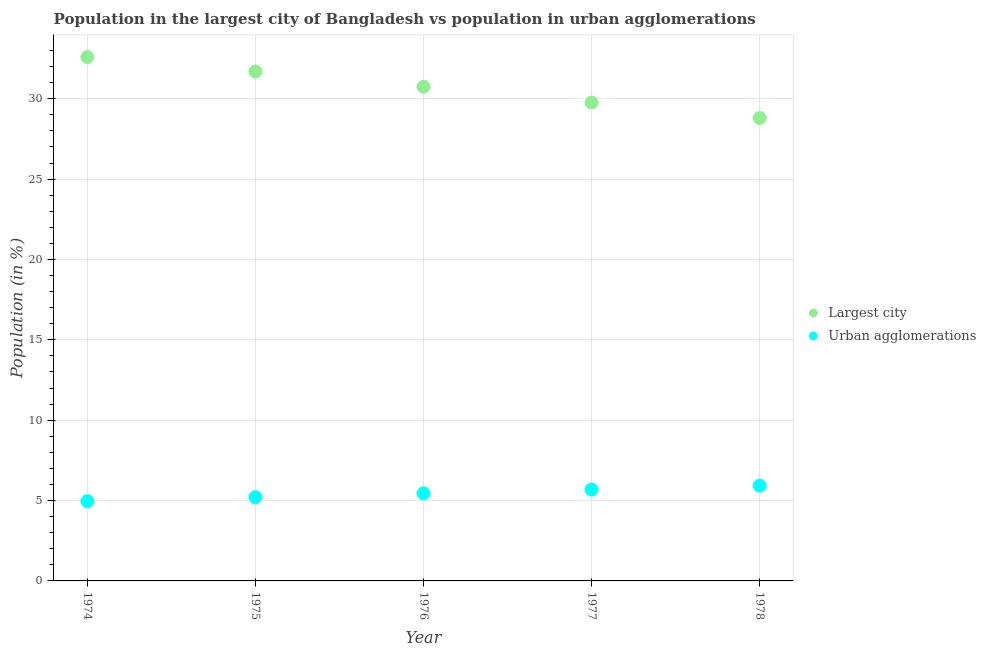
| Year | Largest city | Urban agglomerations |
 | --- | --- | --- |
 | 1974 | 32.6 | 4.96 |
 | 1975 | 31.7 | 5.21 |
 | 1976 | 30.7 | 5.45 |
 | 1977 | 29.8 | 5.69 |
 | 1978 | 28.8 | 5.92 |